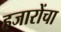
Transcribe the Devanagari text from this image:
हजारोंचा